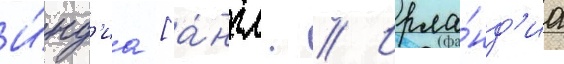
И́нд'иа [а́нгл. // Ирла́нд'иа